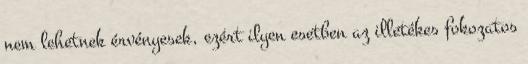
nem lehetnek érvényesek, ezért ilyen esetben az illetékes fokozatos